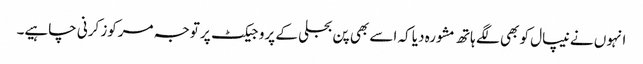
انہوں نے نیپال کو بھی لگے ہاتھ مشورہ دیا کہ اسے بھی پن بجلی کے پروجیکٹ پر توجہ مرکوز کرنی چاہیے۔